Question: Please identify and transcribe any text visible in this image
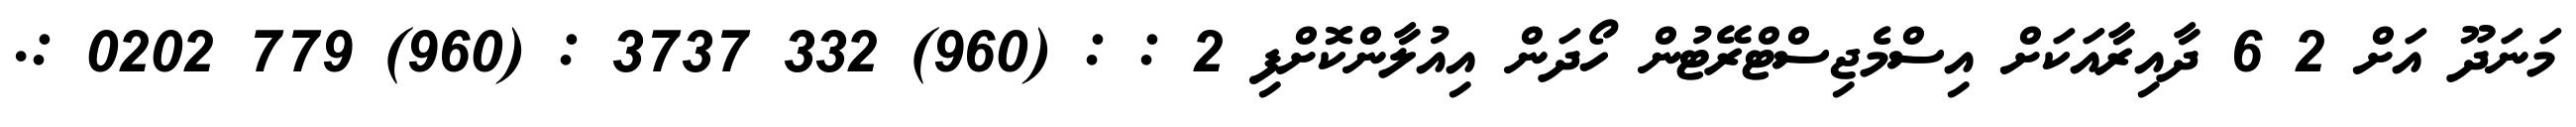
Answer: މަނަދޫ އަށް 2 6 ދާއިރާއަކަށް އިސްމެޖިސްޓްރޭޓުން ހޯދަން އިއުލާންކޮށްފި 2 : : (960) 332 3737 : (960) 779 0202 :.